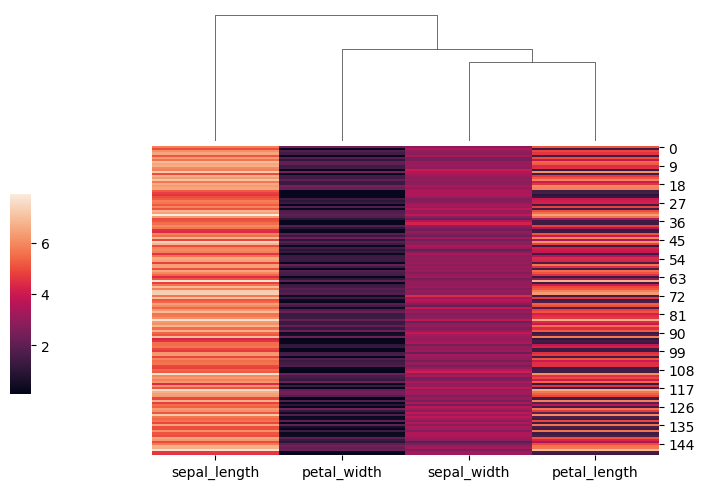
python, seaborn, clustermap, figsize=(7, 5), row_cluster=False, dendrogram_ratio=(0.2, 0.3), cbar_pos=(0, 0.2, 0.03, 0.4)